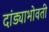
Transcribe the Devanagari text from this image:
दांड्याभोवती